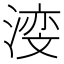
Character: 𪶺